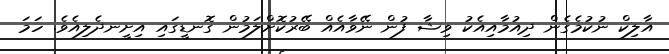
އާލިކް ނުކުމެގެން ދިއުމާއިއެކު ވިޝާ ފުން ނޭވާއެއް ބޭރުކޮށްލަމުން ގޮނޑީގައި އިށީނދެލިއެވެ. ހަމަ